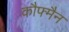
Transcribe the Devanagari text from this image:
कौफ्मैन